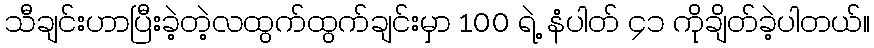
သီချင်းဟာပြီးခဲ့တဲ့လထွက်ထွက်ချင်းမှာ 100 ရဲ့ နံပါတ် ၄၁ ကိုချိတ်ခဲ့ပါတယ်။